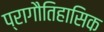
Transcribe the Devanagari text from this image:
प्रागौतिहासिक